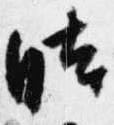
時